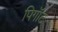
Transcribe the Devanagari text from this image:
पिगॉट